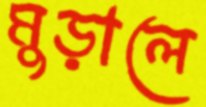
মুড়ালে